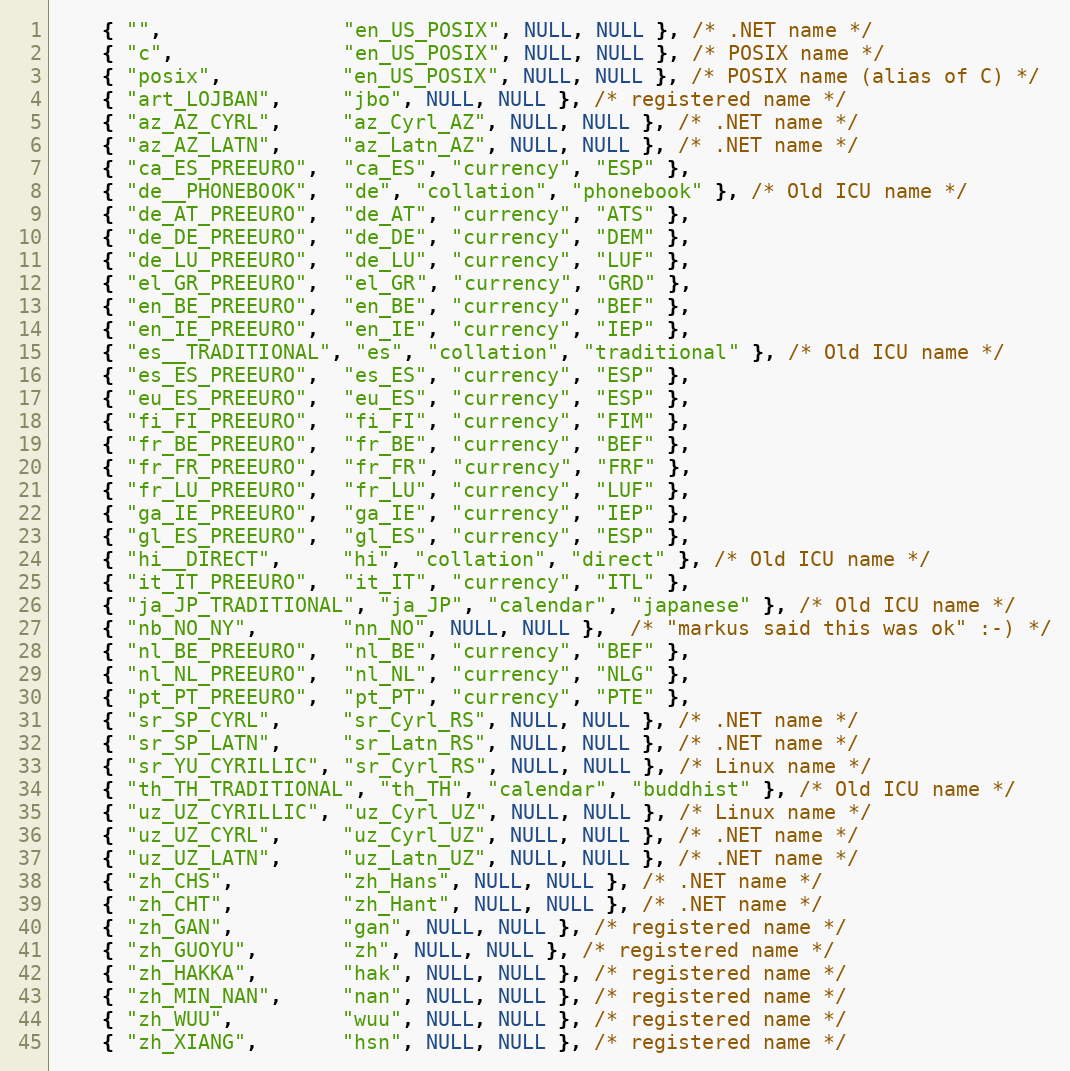
Language: C++
    { "",               "en_US_POSIX", NULL, NULL }, /* .NET name */
    { "c",              "en_US_POSIX", NULL, NULL }, /* POSIX name */
    { "posix",          "en_US_POSIX", NULL, NULL }, /* POSIX name (alias of C) */
    { "art_LOJBAN",     "jbo", NULL, NULL }, /* registered name */
    { "az_AZ_CYRL",     "az_Cyrl_AZ", NULL, NULL }, /* .NET name */
    { "az_AZ_LATN",     "az_Latn_AZ", NULL, NULL }, /* .NET name */
    { "ca_ES_PREEURO",  "ca_ES", "currency", "ESP" },
    { "de__PHONEBOOK",  "de", "collation", "phonebook" }, /* Old ICU name */
    { "de_AT_PREEURO",  "de_AT", "currency", "ATS" },
    { "de_DE_PREEURO",  "de_DE", "currency", "DEM" },
    { "de_LU_PREEURO",  "de_LU", "currency", "LUF" },
    { "el_GR_PREEURO",  "el_GR", "currency", "GRD" },
    { "en_BE_PREEURO",  "en_BE", "currency", "BEF" },
    { "en_IE_PREEURO",  "en_IE", "currency", "IEP" },
    { "es__TRADITIONAL", "es", "collation", "traditional" }, /* Old ICU name */
    { "es_ES_PREEURO",  "es_ES", "currency", "ESP" },
    { "eu_ES_PREEURO",  "eu_ES", "currency", "ESP" },
    { "fi_FI_PREEURO",  "fi_FI", "currency", "FIM" },
    { "fr_BE_PREEURO",  "fr_BE", "currency", "BEF" },
    { "fr_FR_PREEURO",  "fr_FR", "currency", "FRF" },
    { "fr_LU_PREEURO",  "fr_LU", "currency", "LUF" },
    { "ga_IE_PREEURO",  "ga_IE", "currency", "IEP" },
    { "gl_ES_PREEURO",  "gl_ES", "currency", "ESP" },
    { "hi__DIRECT",     "hi", "collation", "direct" }, /* Old ICU name */
    { "it_IT_PREEURO",  "it_IT", "currency", "ITL" },
    { "ja_JP_TRADITIONAL", "ja_JP", "calendar", "japanese" }, /* Old ICU name */
    { "nb_NO_NY",       "nn_NO", NULL, NULL },  /* "markus said this was ok" :-) */
    { "nl_BE_PREEURO",  "nl_BE", "currency", "BEF" },
    { "nl_NL_PREEURO",  "nl_NL", "currency", "NLG" },
    { "pt_PT_PREEURO",  "pt_PT", "currency", "PTE" },
    { "sr_SP_CYRL",     "sr_Cyrl_RS", NULL, NULL }, /* .NET name */
    { "sr_SP_LATN",     "sr_Latn_RS", NULL, NULL }, /* .NET name */
    { "sr_YU_CYRILLIC", "sr_Cyrl_RS", NULL, NULL }, /* Linux name */
    { "th_TH_TRADITIONAL", "th_TH", "calendar", "buddhist" }, /* Old ICU name */
    { "uz_UZ_CYRILLIC", "uz_Cyrl_UZ", NULL, NULL }, /* Linux name */
    { "uz_UZ_CYRL",     "uz_Cyrl_UZ", NULL, NULL }, /* .NET name */
    { "uz_UZ_LATN",     "uz_Latn_UZ", NULL, NULL }, /* .NET name */
    { "zh_CHS",         "zh_Hans", NULL, NULL }, /* .NET name */
    { "zh_CHT",         "zh_Hant", NULL, NULL }, /* .NET name */
    { "zh_GAN",         "gan", NULL, NULL }, /* registered name */
    { "zh_GUOYU",       "zh", NULL, NULL }, /* registered name */
    { "zh_HAKKA",       "hak", NULL, NULL }, /* registered name */
    { "zh_MIN_NAN",     "nan", NULL, NULL }, /* registered name */
    { "zh_WUU",         "wuu", NULL, NULL }, /* registered name */
    { "zh_XIANG",       "hsn", NULL, NULL }, /* registered name */